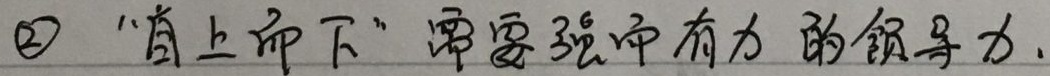
\textcircled{2} “自上而下”需要强而有力的领导力.